Vaccination in Bombay 1889-1901 - 1889-1901
Year: 1889
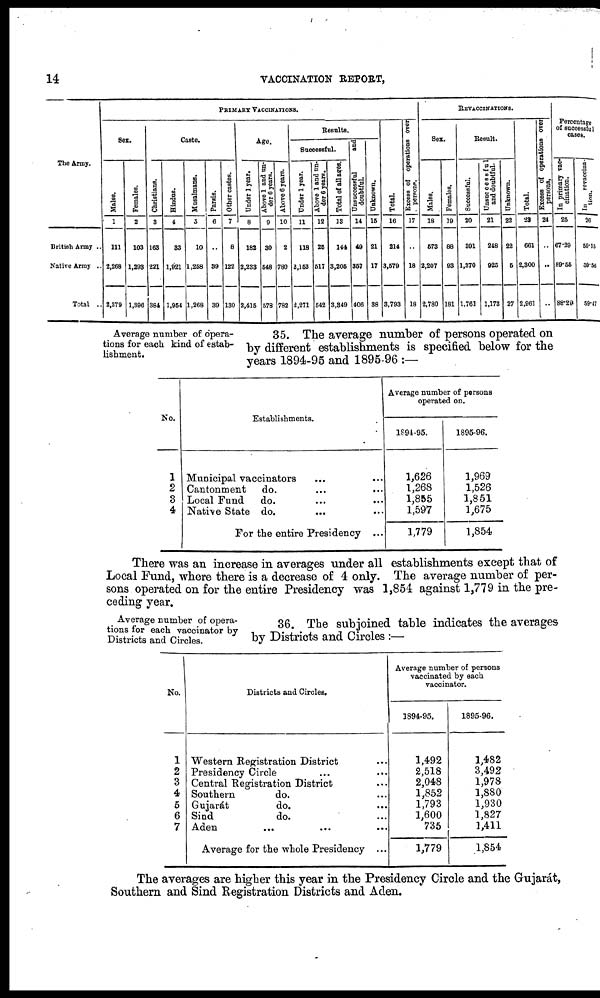
14
VACCINATION REPORT,
The Army.
British Army ..
Native Army ..
Total ..
PRIMARY VACCINATIONS.
Sex.
Males.
1
111
2,268
2,379
Females.
2
103
1,293
1,396
Caste.
Christians.
3
163
221
384
Hindus.
4
33
1,921
1,954
Musalmans.
5
10
1,258
1,268
Parsis.
6
..
39
39
Other castes.
7
8
122
130
Age.
Under 1 year.
8
182
2,233
2,415
Above 1 and un-
der 6 years.
9
30
548
578
Above 6 years.
10
2
780
782
Results.
Successful.
Under 1 year.
11
118
2,158
2,271
Above 1 and un-
der 6 years.
12
25
517
542
Total of all ages.
13
144
3,205
3,349
Unsuccesful
and
doubtful.
14
49
357
406
Unknown.
15
21
17
38
Total.
16
214
3,579
8,793
Excess of operations over
persons.
17
..
18
18
REVACCINATIONS.
Sex.
Males.
18
573
2,207
2,780
Females.
19
88
93
181
Result.
Successful.
20
391
1,370
1,761
Unsuccessful
and doubtful.
21
248
925
1,173
Unknown.
22
22
5
27
Total.
23
661
2,300
2,961
Excess of operations over
persons,
24
..
..
..
Percentage
of successful
cases.
In primary vac-
cination.
25
67.29
89.55
88.28
In
revaccina-
tion.
26
59.15
58.56
59.47
Average number of opera-
tions for each kind of estab-
lishment.
35. The average number of persons operated on
by different establishments is specified below for the
years 1894-95 and 1895-96 :—
No.
1
2
3
4
Establishments.
Municipal vaccinators ... ...
Cantonment
do. ... ...
Local Fund
do. ... ...
Native State do. ... ...
For the entire Presidency ...
Average number of persons
operated on.
1894-95.
1,626
1,268
1,855
1,597
1,779
1895-96.
1,969
1,526
1,851
1,675
1,854
There was an increase in averages under all establishments except that of
Local Fund, where there is a decrease of 4 only. The average number of per-
sons operated on for the entire Presidency was 1,854 against 1,779 in the pre-
ceding year.
Average number of opera-
tions for each vaccinator by
Districts and Circles.
36. The subjoined table indicates the averages
by Districts and Circles :—
No.
1
2
3
4
5
6
7
Districts and Circles.
Western Registration District ...
Presidency Circle ... ...
Central Registration District ...
Southern
do. ... ...
Gujarát
do. ... ...
Sind
do. ... ...
Aden ... ... ...
Average for the whole Presidency ...
Average number of persons
vaccinated by each
vaccinator.
1894-95.
1,492
2,518
2,048
1,852
1,793
1,600
735
1,779
1895-96.
1,482
3,492
1,978
1,880
1,930
1,827
1,411
1,854
The averages are higher this year in the Presidency Circle and the Gujarát,
Southern and Sind Registration Districts and Aden.